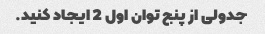
جدولی از پنج توان اول 2 ایجاد کنید.